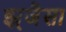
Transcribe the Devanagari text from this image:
झ्र्जैसा